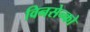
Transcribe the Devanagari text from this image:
विनसेन्को